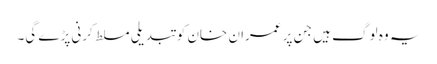
یہ وہ لوگ ہیں جن پر عمران خان کو تبدیلی مسلط کرنی پڑے گی۔